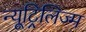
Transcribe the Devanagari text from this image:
न्यूट्रिलिज्म